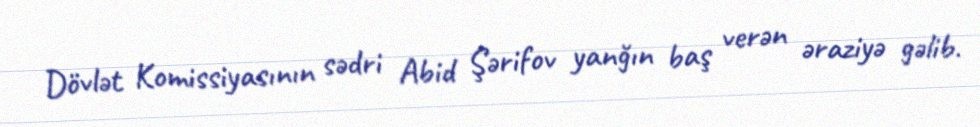
Dövlət Komissiyasının sədri Abid Şərifov yanğın baş verən əraziyə gəlib.